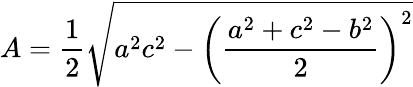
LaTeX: A={\frac{1}{2}}{\sqrt{a^{2}c^{2}-\left({\frac{a^{2}+c^{2}-b^{2}}{2}}\right)^{2}}}